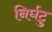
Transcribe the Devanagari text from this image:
निर्घटु